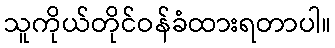
သူကိုယ်တိုင်ဝန်ခံထားရတာပါ။